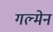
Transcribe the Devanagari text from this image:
गल्मेन